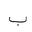
Letter: _ba